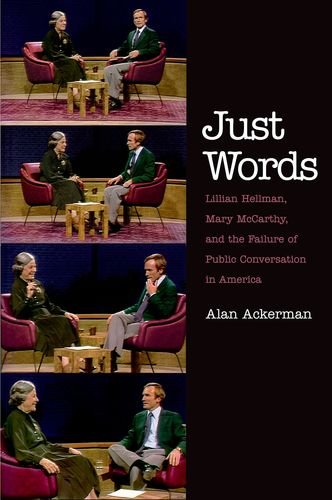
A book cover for Just Words: Lillian Hellman, Mary McCarthy, and the Failure of Public Conversation in America; Alan Ackerman; Law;